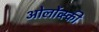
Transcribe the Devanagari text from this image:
ओर्लोव्स्की